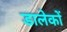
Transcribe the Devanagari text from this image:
डालेकों